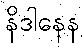
နိဒါနေန